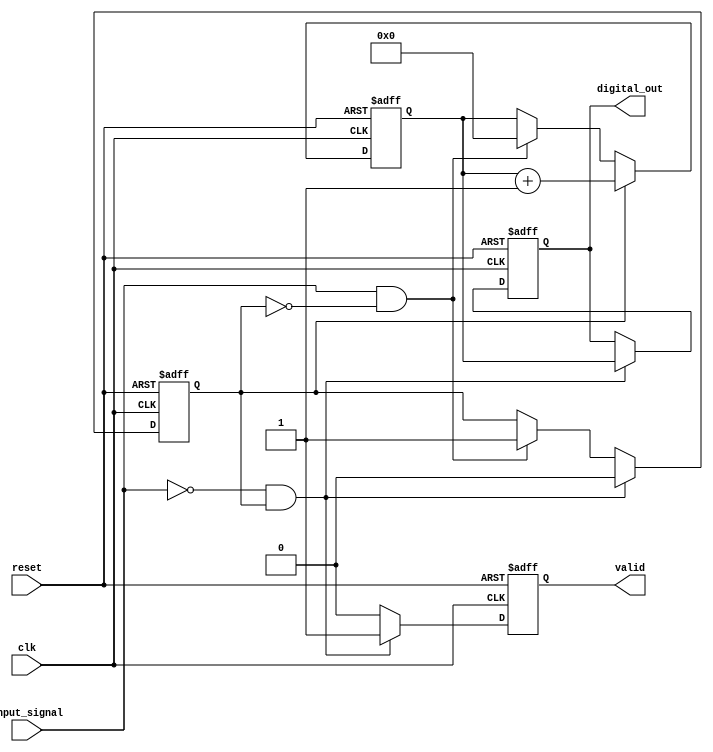
module TDC (
    input wire clk,                // Reference clock
    input wire reset,              // Reset signal
    input wire input_signal,       // Input signal to be measured
    output reg [15:0] digital_out, // Digital output (counter value)
    output reg valid               // Valid signal indicating output is ready
);

    // Parameters
    parameter COUNTER_WIDTH = 16;  // Width of the counter
    parameter MEMORY_DEPTH = 8;     // Depth of the memory block

    // Internal signals
    reg [COUNTER_WIDTH-1:0] counter; // Counter for clock cycles
    reg [COUNTER_WIDTH-1:0] memory [0:MEMORY_DEPTH-1]; // Memory block
    reg [2:0] mem_index;             // Memory index
    reg measuring;                   // Flag to indicate measuring state

    // State machine for control logic
    always @(posedge clk or posedge reset) begin
        if (reset) begin
            counter <= 0;
            digital_out <= 0;
            valid <= 0;
            measuring <= 0;
            mem_index <= 0;
        end else begin
            if (input_signal && !measuring) begin
                // Start measuring on rising edge of input signal
                measuring <= 1;
                counter <= 0; // Reset counter
            end
            
            if (measuring) begin
                // Increment counter on each clock cycle
                counter <= counter + 1;
            end
            
            // Stop measuring on falling edge of input signal
            if (!input_signal && measuring) begin
                measuring <= 0;
                digital_out <= counter; // Capture counter value
                valid <= 1; // Indicate valid output
                
                // Store the captured value in memory
                if (mem_index < MEMORY_DEPTH) begin
                    memory[mem_index] <= counter;
                    mem_index <= mem_index + 1;
                end
            end else begin
                valid <= 0; // Reset valid signal if not measuring
            end
        end
    end

endmodule